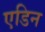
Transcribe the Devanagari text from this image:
एडिन